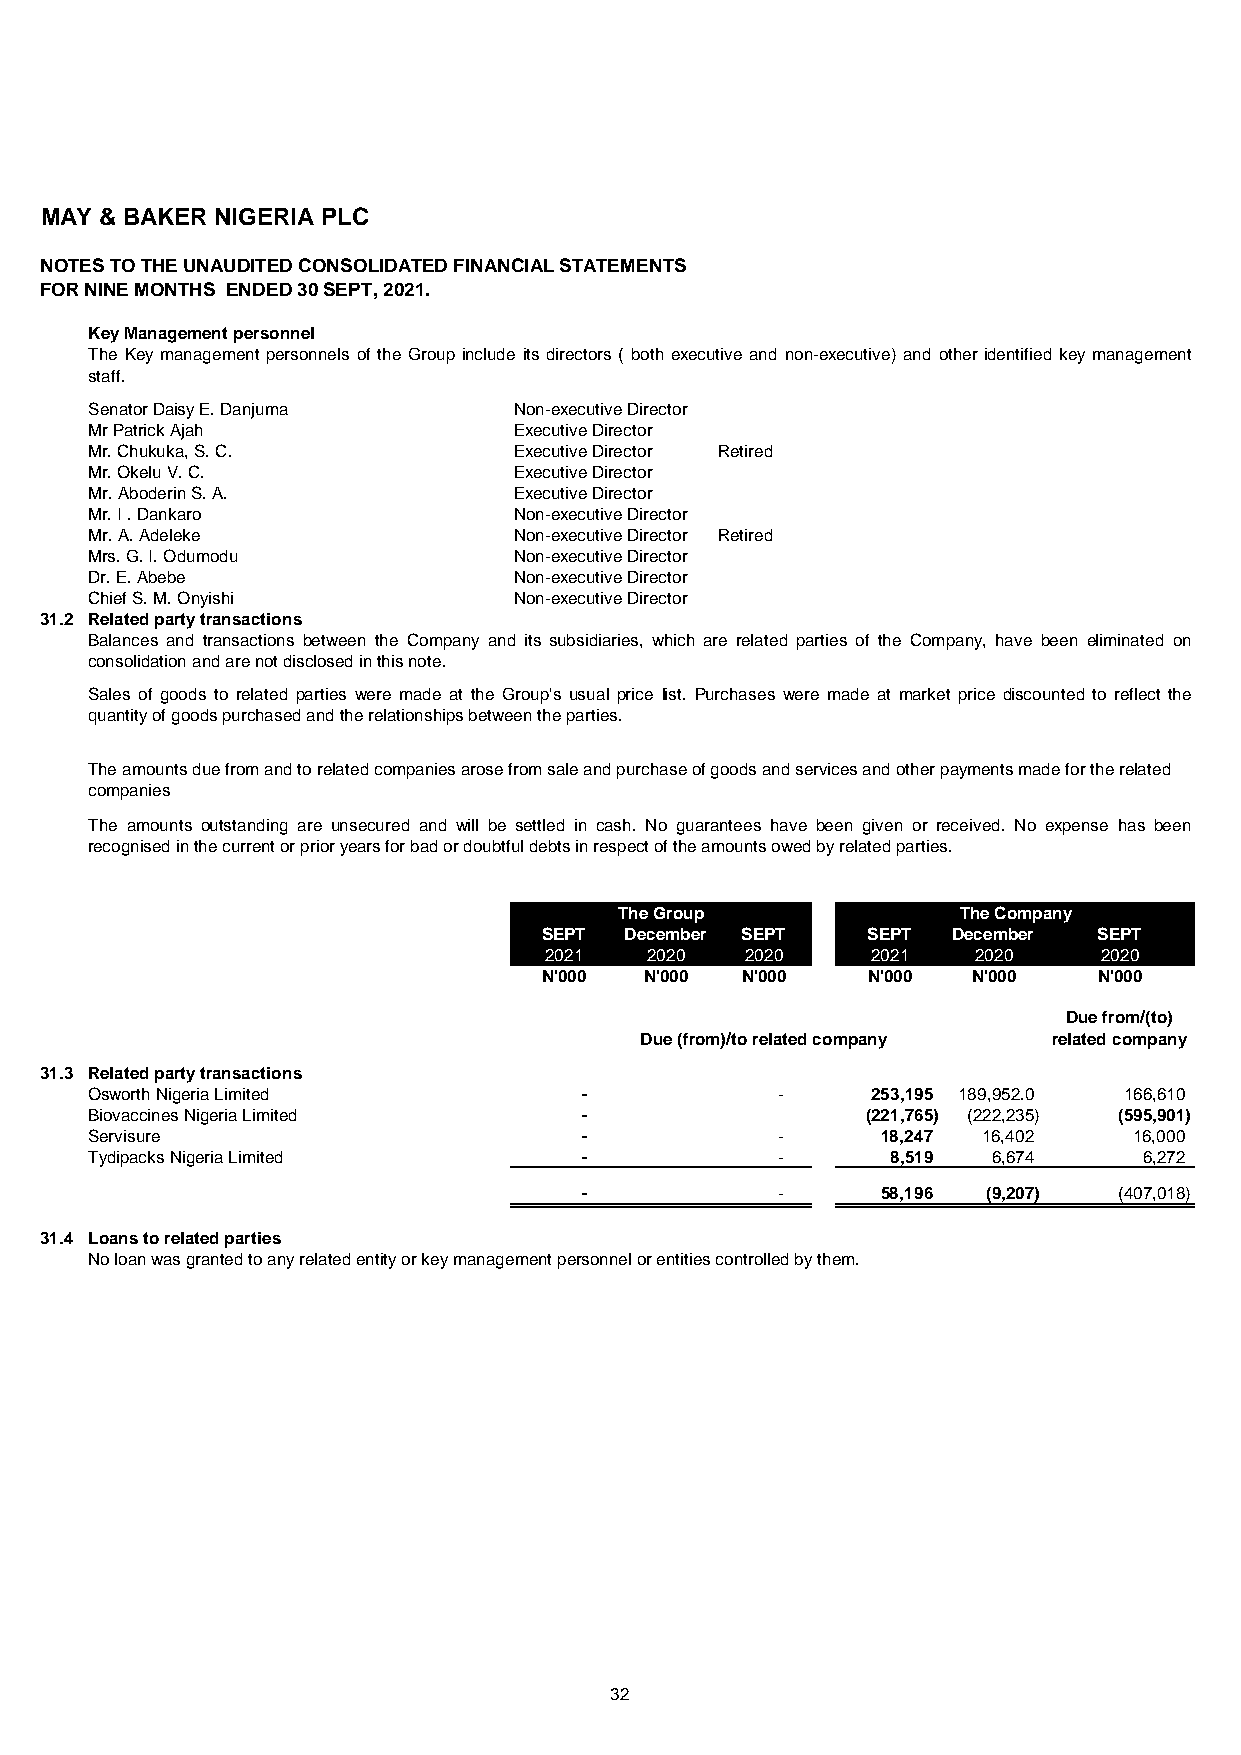
MAY & BAKER NIGERIA PLC
 NOTES TO THE UNAUDITED CONSOLIDATED FINANCIAL STATEMENTS
 FOR NINE MONTHS ENDED 30 SEPT, 2021.
 Key Management personnel
 The Key management personnels of the Group include its directors ( both executive and non-executive) and other identified key management
 staff.
 Senator Daisy E. Danjuma    Non-executive Director
 Mr Patrick Ajah             Executive Director
 Mr. Chukuka, S. C.          Executive Director Retired
 Mr. Okelu V. C.             Executive Director
 Mr. Aboderin S. A.          Executive Director
 Mr. I . Dankaro             Non-executive Director
 Mr. A. Adeleke              Non-executive Director Retired
 Mrs. G. I. Odumodu          Non-executive Director
 Dr. E. Abebe                Non-executive Director
 Chief S. M. Onyishi         Non-executive Director
 31.2 Related party transactions
 Balances and transactions between the Company and its subsidiaries, which are related parties of the Company, have been eliminated on
 consolidation and are not disclosed in this note.
 Sales of goods to related parties were made at the Group's usual price list. Purchases were made at market price discounted to reflect the
 quantity of goods purchased and the relationships between the parties.
 The amounts due from and to related companies arose from sale and purchase of goods and services and other payments made for the related
 companies
 The amounts outstanding are unsecured and will be settled in cash. No guarantees have been given or received. No expense has been
 recognised in the current or prior years for bad or doubtful debts in respect of the amounts owed by related parties.
 The Group             The Company
 SEPT December SEPT   SEPT  December  SEPT
 2021   2020  2020     2021   2020    2020
 N'000  N'000 N'000   N'000  N'000    N'000
 Due from/(to)
 Due (from)/to related company related company
 31.3 Related party transactions
 Osworth Nigeria Limited          -           -      253,195 189,952.0 1 66,610
 Biovaccines Nigeria Limited      -                 (221,765) (222,235) (595,901)
 Servisure                        -           -      18,247 16,402    1 6,000
 Tydipacks Nigeria Limited        -           -       8,519  6,674     6 ,272
 -           -      58,196 (9,207)  (407,018)
 31.4 Loans to related parties
 No loan was granted to any related entity or key management personnel or entities controlled by them.
 32